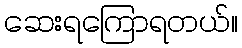
ဆေးရကြောရတယ်။